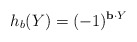
\begin{align*}h_b(Y)& = (-1)^{ \mathbf{b} \cdot Y }\end{align*}